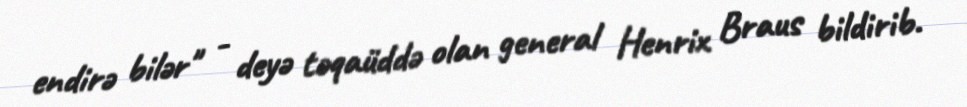
endirə bilər" - deyə təqaüddə olan general Henrix Braus bildirib.